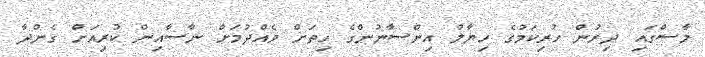
މާސްގައި ދިރުން ހުރިކަމުގެ ހިޔާލު އިންސާނުންގެ ހިތަށް ވެއްދުމަށް ނާސާއިން ކުރިއަށް ގެންދާ